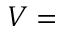
V =